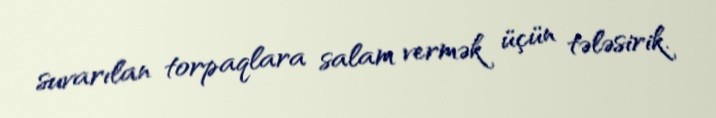
suvarılan torpaqlara salam vermək üçün tələsirik.